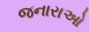
જનારાઓ